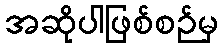
အဆိုပါဖြစ်စဉ်မှ